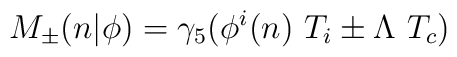
M_\pm (n\vert\phi )=\gamma_5 (\phi^i (n)\ T_i\pm\Lambda\  T_c)